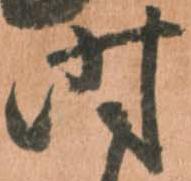
時